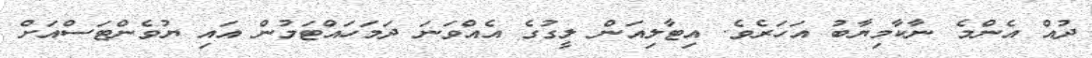
ދުއް އެންމެ ނާކާމިޔާބު އަހަރެވެ. އިޓާލިއަން ލީގުގެ އެއްވަނަ ދަމަހައްޓަމުން އައި ޔުވެންޓަސްއަށް